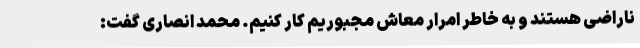
ناراضی هستند و به خاطر امرار معاش مجبوریم کار کنیم. محمد انصاری گفت: